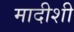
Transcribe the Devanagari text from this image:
मादीशी